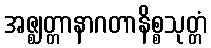
အဇ္ဈတ္တာနာဂတာနိစ္စသုတ္တံ